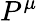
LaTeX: P^{\mu}